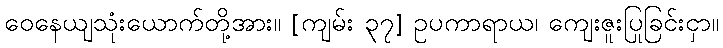
ဝေနေယျသုံးယောက်တို့အား။ [ကျမ်း ၃၇] ဥပကာရာယ၊ ကျေးဇူးပြုခြင်းငှာ။